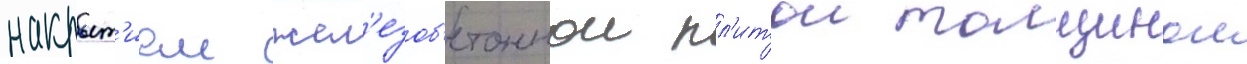
накрыт'ием жел'езоб'етоннои пл'итои толщинои